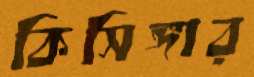
কিসিঙ্গার